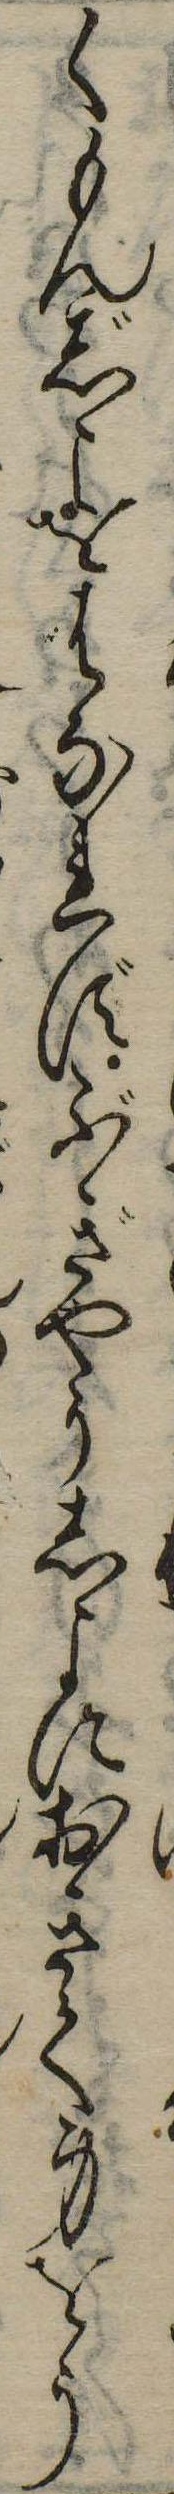
くもんじよをはなれずぶぎやうしよにおきて身をう